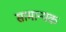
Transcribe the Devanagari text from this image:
सामान्यक